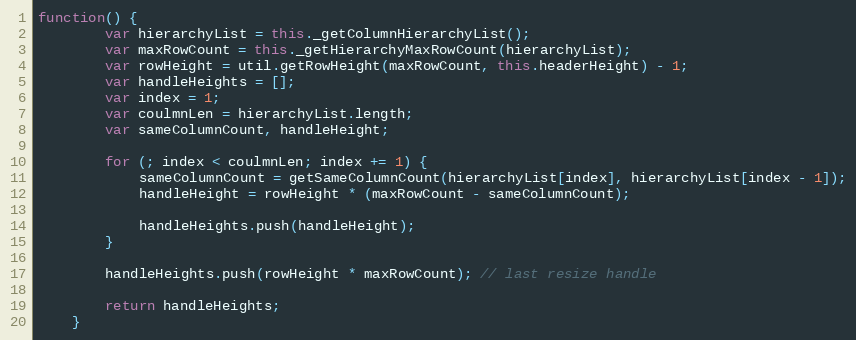
Language: JavaScript
function() {
        var hierarchyList = this._getColumnHierarchyList();
        var maxRowCount = this._getHierarchyMaxRowCount(hierarchyList);
        var rowHeight = util.getRowHeight(maxRowCount, this.headerHeight) - 1;
        var handleHeights = [];
        var index = 1;
        var coulmnLen = hierarchyList.length;
        var sameColumnCount, handleHeight;

        for (; index < coulmnLen; index += 1) {
            sameColumnCount = getSameColumnCount(hierarchyList[index], hierarchyList[index - 1]);
            handleHeight = rowHeight * (maxRowCount - sameColumnCount);

            handleHeights.push(handleHeight);
        }

        handleHeights.push(rowHeight * maxRowCount); // last resize handle

        return handleHeights;
    }